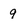
Character: 9